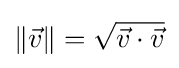
{\textstyle \|{\vec {v}}\|={\sqrt {{\vec {v}}\cdot {\vec {v}}}}}